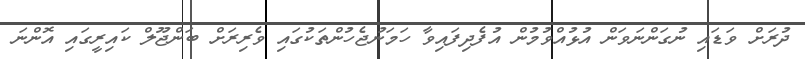
ދުރަށް ވަޑައި ނުގަންނަވަން އުޅުއްވުމުން އުފެދިފައިވާ ހަމަނުޖެހުންތަކުގައި ވެރިރަށް ބަންޖޫލް ކައިރީގައި އޮންނަ